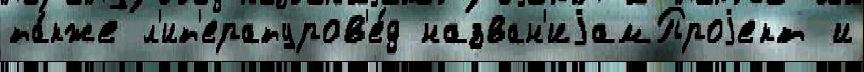
та́кже л'ит'ературов'е́д назван'иjамПроjект и